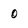
Character: 0